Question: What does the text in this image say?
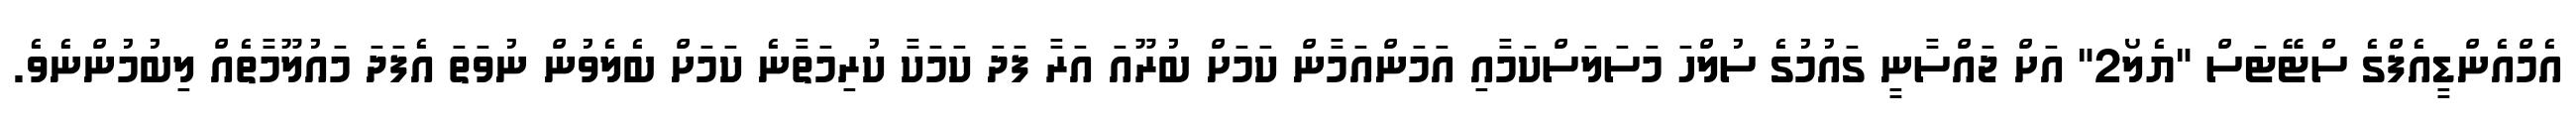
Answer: އެމްއެންޑީއެފްގެ ސްޓޭޓަސް "ޔެލޯ2" އަށް ޖައްސާނީ ގައުމުގެ ސުލްހަ މަސަލަސްކަމާއި އަމަންއަމާން ކަމަށް ބުރޫއަ އަރާ ފަދަ ކަމަކާ ކުރިމަތާނެ ކަމަށް ބެލެވުން ނުވަތަ އެފަދަ މައުލޫމާތެއް ލިބުމުންނެވެ.